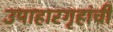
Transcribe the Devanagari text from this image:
उपाहारगृहांची